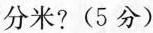
分米?(5分)